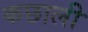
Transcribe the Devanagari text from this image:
कछाली